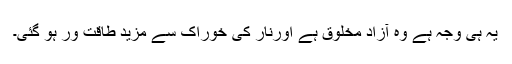
یہ ہی وجہ ہے وہ آزاد مخلوق ہے اورنار کی خوراک سے مزید طاقت ور ہو گئی۔